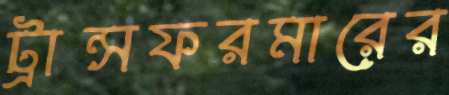
ট্রান্সফরমারের